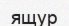
ящур